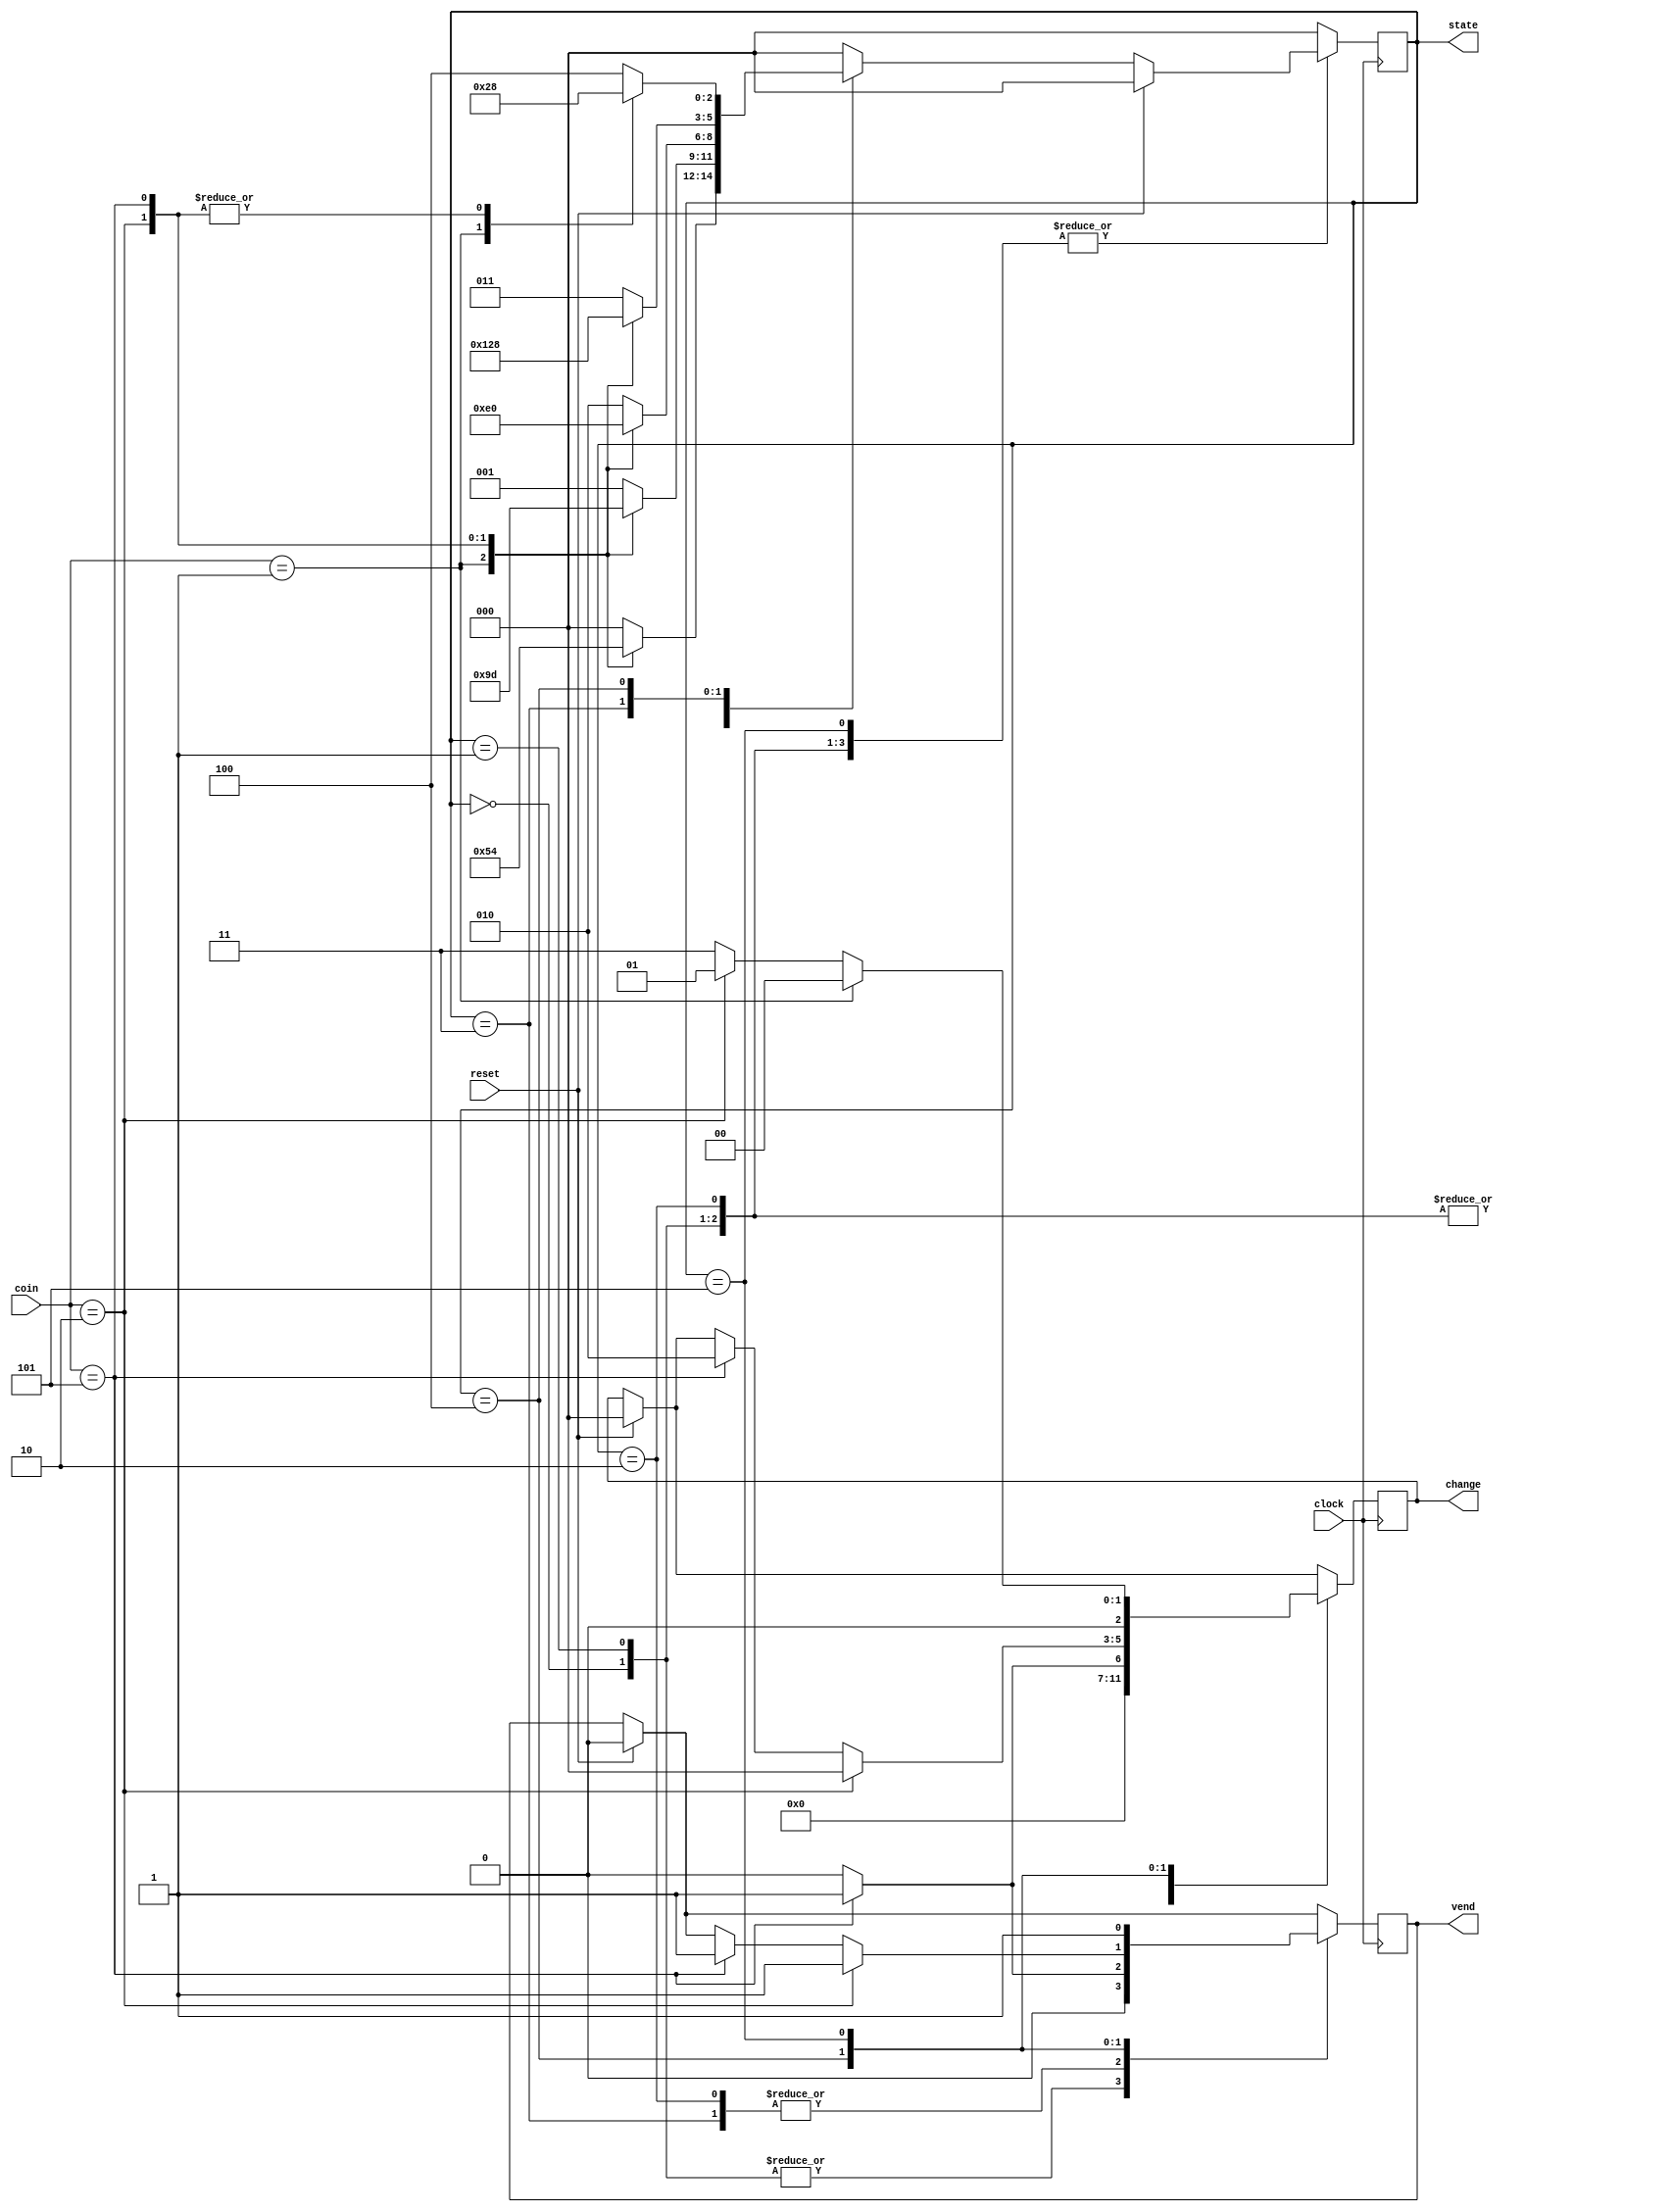
module fsm(clock,reset,coin,vend,state,change);
//these are the inputs and the outputs.
input clock;
input reset;
input [2:0]coin;
output vend;
output [2:0]state;
output [2:0]change;

reg vend;
reg [2:0]change;
wire [2:0]coin;

  parameter [2:0]FIVE_RUPEE=3'b001;
  parameter [2:0]TEN_RUPEE=3'b010;
  parameter [2:0]FIFTEEN_RUPEE=3'b011;
  parameter [2:0]TWENTY_RUPEE=3'b101;
  
  parameter [2:0]IDLE=3'b000;
  parameter [2:0]FIVE=3'b001;
  parameter [2:0]TEN=3'b010;
  parameter [2:0]FIFTEEN=3'b011;
  parameter [2:0]TWENTY=3'b100;
  parameter [2:0]TWENTYFIVE=3'b101;
reg [2:0]state,next_state;
always @(state or coin)
begin
next_state=0; 
case(state)
  IDLE: case(coin) //THIS IS THE IDLE STATE
FIVE_RUPEE: next_state =FIVE;
TEN_RUPEE: next_state =TEN;
TWENTY_RUPEE: next_state =TWENTY;
default: next_state =IDLE;
endcase
  FIVE: case(coin) 
FIVE_RUPEE: next_state =TEN;
TEN_RUPEE: next_state =FIFTEEN;
TWENTY_RUPEE: next_state =TWENTYFIVE; //change=0
default: next_state =FIVE;
endcase
  TEN: case(coin) //THIS IS THE THIRD STATE
FIVE_RUPEE: next_state =FIFTEEN;
TEN_RUPEE: next_state =TWENTY;
TWENTY_RUPEE: next_state =IDLE; //change=0
default: next_state =TEN;
endcase
  FIFTEEN: case(coin) //THIS IS THE FOURTH STATE
FIVE_RUPEE: next_state =TWENTY;
TEN_RUPEE: next_state =TWENTYFIVE;
TWENTY_RUPEE: next_state =IDLE; 
default: next_state =FIFTEEN;
endcase
  TWENTY: case(coin) //THIS IS THE FIFTH STATE
FIVE_RUPEE: next_state =TWENTYFIVE;
TEN_RUPEE: next_state=IDLE; //change=0
TWENTY_RUPEE: next_state =IDLE; 
default: next_state =TWENTY;
endcase
TWENTYFIVE: next_state =IDLE;
default : next_state =IDLE;
endcase
end
  always @(posedge clock)
begin //WHENEVER I GIVE A RESET I HAVE TO MAKE THE STATE TO IDLE AND VEND TO 1
if(reset) begin
state <= IDLE;
vend <= 1'b0;
 change <= 3'b000;
end //THE CNGE ALSO HAS TO BECOME NONE
else state <= next_state;

 case (state) 
IDLE: begin vend <= 1'b0;
  change <=3'd0;
end
   FIVE: begin 
    
     if (coin==TWENTY_RUPEE) begin
        vend <= 1'b0;
       change <=3'd0;
     end
     else begin
        vend <= 1'b0;
       change <=3'd0;
     end
       end
     TEN: begin
        
       if (coin==TWENTY_RUPEE) begin 
     vend <= 1'b1;
    change <=3'd0; 
       end
  else  begin
     vend <= 1'b0;
    change <= 3'd0;
  end
    end
  FIFTEEN : begin
    if (coin==TWENTY_RUPEE) begin
      vend <= 1'b1; 
      change <=FIVE_RUPEE;
  end
    else begin
       vend <= 1'b0; 
      change<=3'd0;
    end
  end
    TWENTY : begin 
       
      if (coin==TEN_RUPEE) begin
        vend <= 1'b1;
        change <=3'd0;
      end
      else if (coin==TWENTY_RUPEE) begin
        vend <= 1'b1;
        change <=TEN_RUPEE;
      end
    end
        TWENTYFIVE : begin
          if(coin==FIVE_RUPEE) begin
          vend <= 1'b1;
          change <=3'd0;
          end
          else if(coin==TEN_RUPEE) begin
            vend <= 1'b1;
          change <=FIVE_RUPEE;
          end
          else begin
            vend <= 1'b1;
          change <=FIFTEEN_RUPEE;
          end
        end
default: state <= IDLE;
endcase
end
endmodule